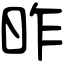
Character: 昨